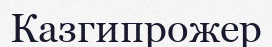
Казгипрожер